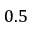
0 . 5